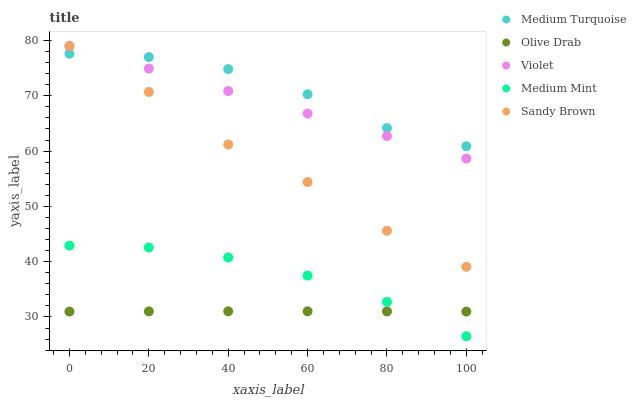
| xaxis_label | Medium Turquoise | Olive Drab | Violet | Medium Mint | Sandy Brown |
 | --- | --- | --- | --- | --- | --- |
 | 0 | 77.6 | 31 | 79 | 42.9 | 79 |
 | 20 | 77 | 31 | 74.9 | 42.6 | 70.7 |
 | 40 | 74.8 | 31 | 70.9 | 40.8 | 61.2 |
 | 60 | 70.3 | 31 | 66.8 | 37.5 | 54.4 |
 | 80 | 64.2 | 31 | 62.7 | 32.7 | 45.6 |
 | 100 | 60.9 | 31 | 58.6 | 26.5 | 39.1 |